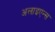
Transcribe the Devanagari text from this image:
अलाइएन्स